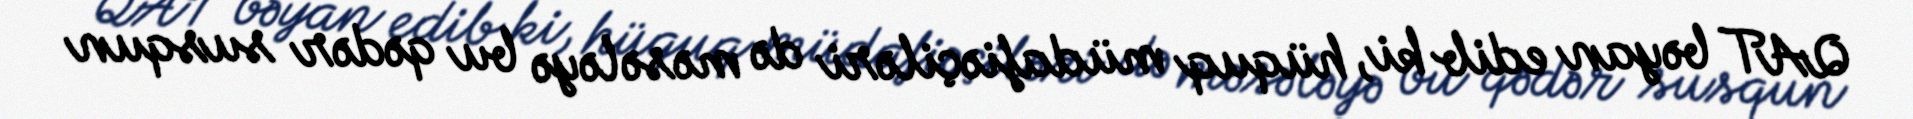
QAT bəyan edib ki, hüquq müdafiəçiləri də məsələyə bu qədər susqun